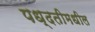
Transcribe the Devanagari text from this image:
पध्दतीमधील